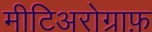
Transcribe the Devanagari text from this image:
मीटिअरोग्राफ़